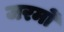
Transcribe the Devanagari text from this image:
जरमों